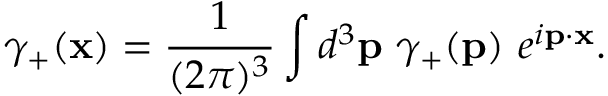
\gamma _ { + } ( { \bf x } ) = \frac { 1 } { ( 2 \pi ) ^ { 3 } } \int d ^ { 3 } { \bf p } ~ \gamma _ { + } ( { \bf p } ) ~ e ^ { i { \bf p } \cdot { \bf x } } .